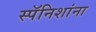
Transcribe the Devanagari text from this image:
स्पॅनिशांना